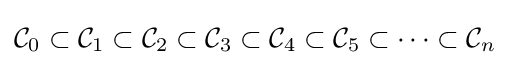
{\mathcal {C}}_{0}\subset {\mathcal {C}}_{1}\subset {\mathcal {C}}_{2}\subset {\mathcal {C}}_{3}\subset {\mathcal {C}}_{4}\subset {\mathcal {C}}_{5}\subset \cdots \subset {\mathcal {C}}_{n}